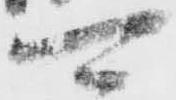
可